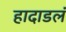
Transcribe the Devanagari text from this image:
हादाडलं